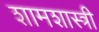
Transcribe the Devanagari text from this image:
शामशास्त्री